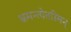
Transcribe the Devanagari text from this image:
भ्रमन्त्येतस्मिन्